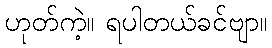
ဟုတ်ကဲ့။ ရပါတယ်ခင်ဗျာ။